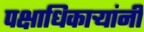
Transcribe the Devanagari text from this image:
पक्षाधिकाऱ्यांनी